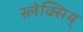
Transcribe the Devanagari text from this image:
स्लेक्सिय्